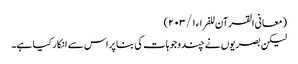
(معانی القرآن للفراء ١/ ٢٠٣)
لیکن بصریوں نے چند وجوہات کی بنا پر اس سے انکار کیا ہے۔